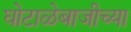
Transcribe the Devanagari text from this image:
घोटाळेबाजीच्या